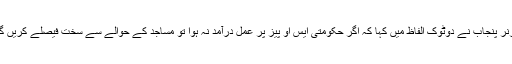
گورنر پنجاب نے دوٹوک الفاظ میں کہا کہ اگر حکومتی ایس او پیز پر عمل درآمد نہ ہوا تو مساجد کے حوالے سے سخت فیصلے کریں گے۔